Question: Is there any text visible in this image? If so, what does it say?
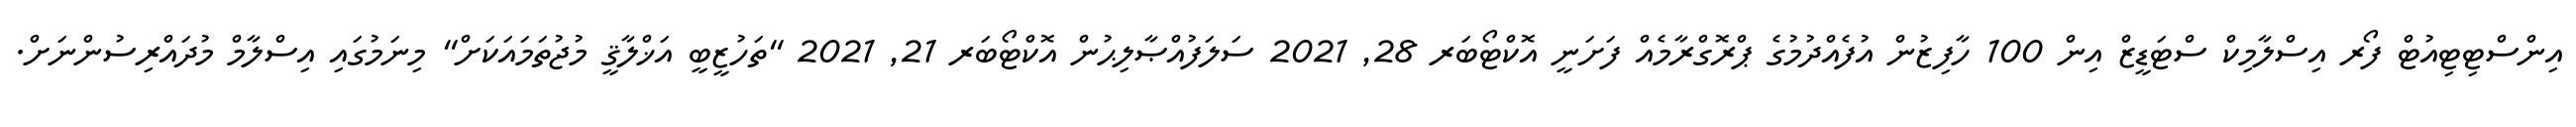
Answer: އިންސްޓިޓިއުޓް ފޯރ އިސްލާމިކް ސްޓަޑީޒް އިން 100 ހާފިޒުން އުފެއްދުމުގެ ޕްރޮގްރާމެއް ފަށަނީ އޮކްޓޯބަރ 28, 2021 ސަލަފުއްޞާލިޙުން އޮކްޓޯބަރ 21, 2021 "ތަހުޒީބީ އަޚްލާޤީ މުޖުތަމައަކަށް" މިނަމުގައި އިސްލާމް މުދައްރިސުންނަށް.